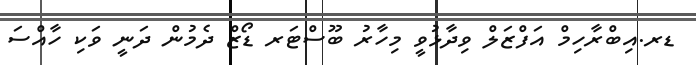
ޑރ.އިބްރާހިމް އަފްޒަލް ވިދާޅުވީ މިހާރު ބޫސްޓަރ ޑޯޒް ދެމުން ދަނީ ވަކި ހާއްސަ